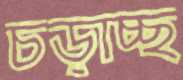
চড়াচ্ছ